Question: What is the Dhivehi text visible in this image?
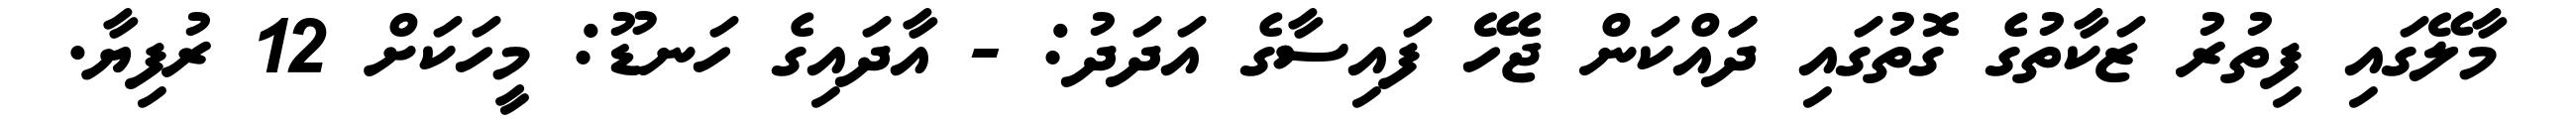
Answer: މާލޭގައި ފިތުރު ޒަކާތުގެ ގޮތުގައި ދަައްކަން ޖެހޭ ފައިސާގެ އަދަދު: - އާދައިގެ ހަނޑޫ: މީހަކަށް 12 ރުފިޔާ.